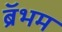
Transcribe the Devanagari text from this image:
ब्रॅभम